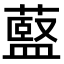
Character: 𫉶